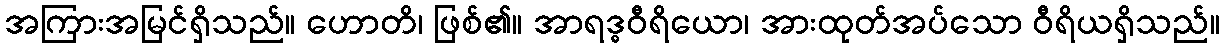
အကြားအမြင်ရှိသည်။ ဟောတိ၊ ဖြစ်၏။ အာရဒ္ဓဝီရိယော၊ အားထုတ်အပ်သော ဝီရိယရှိသည်။